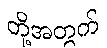
တို့အတွက်